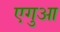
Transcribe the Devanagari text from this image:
एगुआ